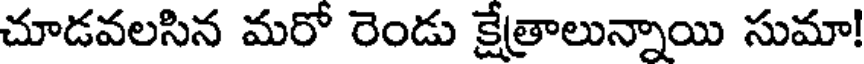
చూడవలసిన మరో రెండు క్షేత్రాలున్నాయి సుమా!